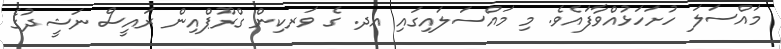
މައްސަލަ ހުށަހަޅުއްވާފައެވެ. މި މައްސަލައިގައި އދ. ގެ ވަރކިން ގްރޫޕްއިން ރައީސް ނަޝީދުގެ